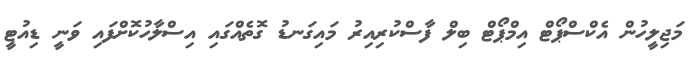
މަޖިލީހުން އެކްސްޕޯޓް އިމްޕޯޓް ބިލް ފާސްކުރިއިރު މައިގަނޑު ގޮތެއްގައި އިސްލާހުކޮށްފައި ވަނީ ޑިއުޓީ